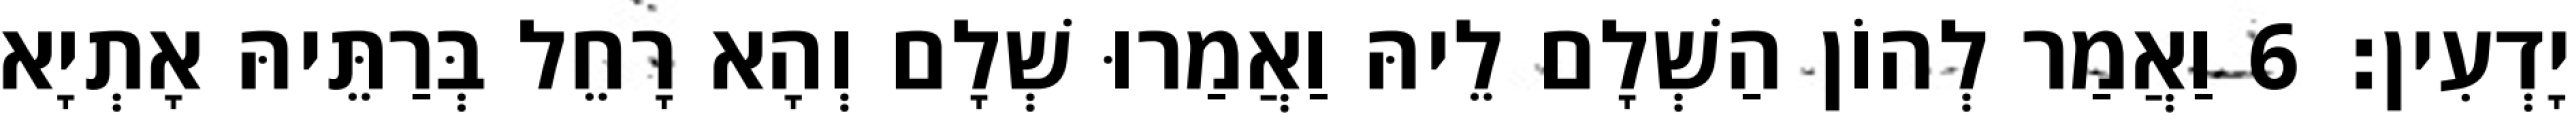
יָדְעִין׃ 6 וַאֲמַר לְהוֹן הַשְׁלָם לֵיהּ וַאֲמַרוּ שְׁלָם וְהָא רָחֵל בְּרַתֵּיהּ אָתְיָא